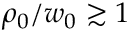
\rho _ { 0 } / w _ { 0 } \gtrsim 1